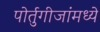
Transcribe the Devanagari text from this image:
पोर्तुगीजांमध्ये